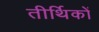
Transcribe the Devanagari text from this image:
तीर्थिकों